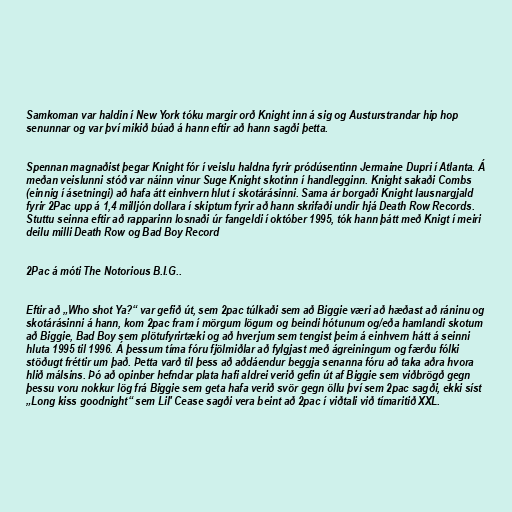
Samkoman var haldin í New York tóku margir orð Knight inn á sig og Austurstrandar hip hop
senunnar og var því mikið búað á hann eftir að hann sagði þetta.

Spennan magnaðist þegar Knight fór í veislu haldna fyrir pródúsentinn Jermaine Dupri í Atlanta. Á
meðan veislunni stóð var náinn vinur Suge Knight skotinn í handlegginn. Knight sakaði Combs
(einnig í ásetningi) að hafa átt einhvern hlut í skotárásinni. Sama ár borgaði Knight lausnargjald
fyrir 2Pac upp á 1,4 milljón dollara í skiptum fyrir að hann skrifaði undir hjá Death Row Records.
Stuttu seinna eftir að rapparinn losnaði úr fangeldi í október 1995, tók hann þátt með Knigt í meiri
deilu milli Death Row og Bad Boy Record

2Pac á móti The Notorious B.I.G..

Eftir að „Who shot Ya?“ var gefið út, sem 2pac túlkaði sem að Biggie væri að hæðast að ráninu og
skotárásinni á hann, kom 2pac fram í mörgum lögum og beindi hótunum og/eða hamlandi skotum
að Biggie, Bad Boy sem plötufyrirtæki og að hverjum sem tengist þeim á einhvern hátt á seinni
hluta 1995 til 1996. Á þessum tíma fóru fjölmiðlar að fylgjast með ágreiningum og færðu fólki
stöðugt fréttir um það. Þetta varð til þess að aðdáendur beggja senanna fóru að taka aðra hvora
hlið málsins. Þó að opinber hefndar plata hafi aldrei verið gefin út af Biggie sem viðbrögð gegn
þessu voru nokkur lög frá Biggie sem geta hafa verið svör gegn öllu því sem 2pac sagði, ekki síst
„Long kiss goodnight“ sem Lil' Cease sagði vera beint að 2pac í viðtali við tímaritið XXL.